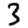
Digit: 3